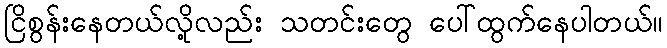
ငြိစွန်းနေတယ်လို့လည်း သတင်းတွေ ပေါ်ထွက်နေပါတယ်။